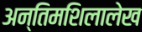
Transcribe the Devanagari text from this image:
अन्तिमशिलालेख